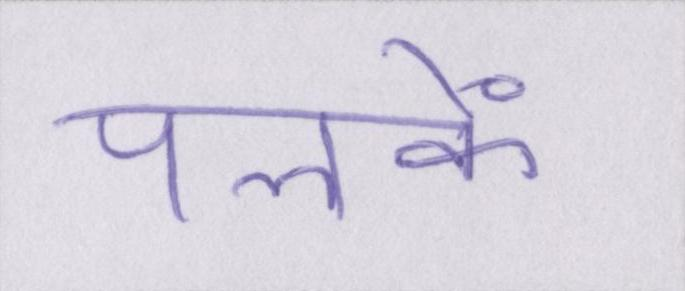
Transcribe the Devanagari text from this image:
पलकें